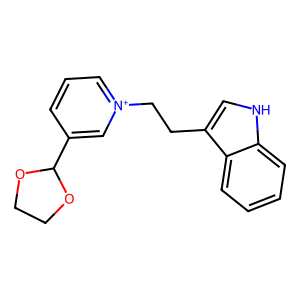
SMILES: c1ccc2c(CC[n+]3cccc(C4OCCO4)c3)c[nH]c2c1
Inhibits HIV replication: No